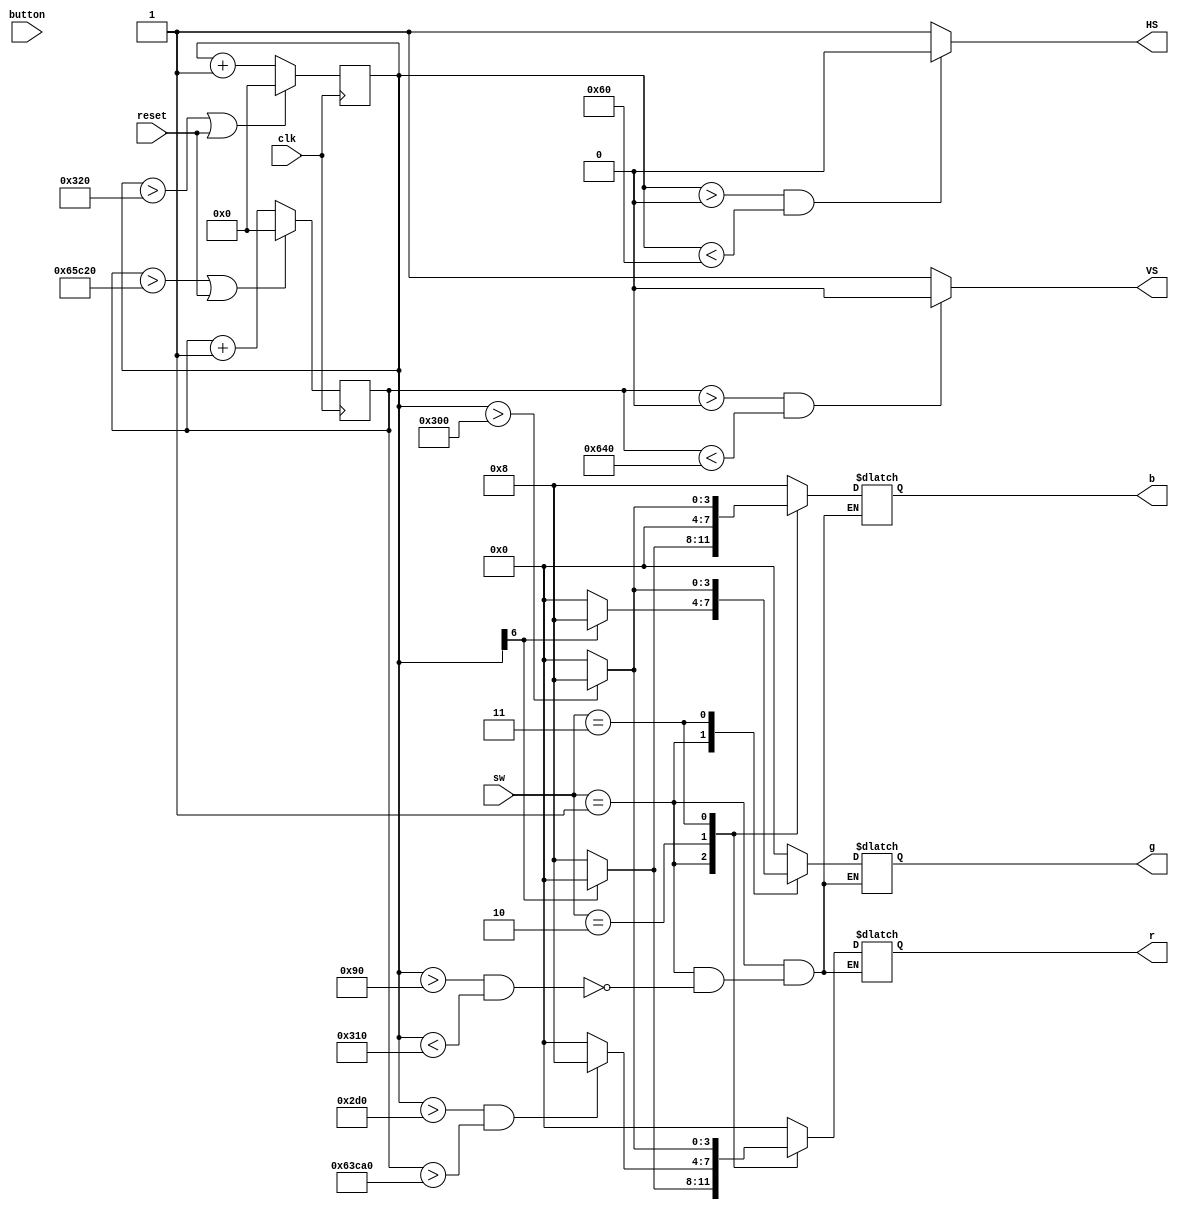
module vga_sel(
    input [1:0] sw,
    input clk,
    input button,
    input reset,
    output [3:0] r,
    output [3:0] g,
    output [3:0] b,
    output HS,
    output VS
    );
    
// Basic structure:

/* Outer counter: VSync
416_800 clk ticks per cylce
1_600 clk ticks for low pulse
23_200 clk ticks for back porch
8_000 clk ticks for front porch
384_000 clk ticks for display time
/*

/* Inner counter: HSync
800 clk ticks per cycle
96 clk ticks for low pulse
48 clk ticks for back porch
16 clk ticks for front porch
640 clk ticks for display time
*/
parameter VSYNC_PULSE = 416_800;
parameter VSYNC_DISP = 384_000;
parameter VSYNC_BP = 23_200;
parameter VSYNC_FP = 8_000;
parameter VSYNC_PULSE_WIDTH = 1_600;
parameter VSYNC_DISP_START = VSYNC_PULSE_WIDTH + VSYNC_BP;
parameter VSYNC_DISP_END = VSYNC_DISP_START + VSYNC_DISP;

parameter HSYNC_PULSE = 800;
parameter HSYNC_DISP = 640;
parameter HSYNC_BP = 48;
parameter HSYNC_FP = 16;
parameter HSYNC_PULSE_WIDTH = 96;
parameter HSYNC_DISP_START = HSYNC_PULSE_WIDTH + HSYNC_BP;
parameter HSYNC_DISP_END = HSYNC_DISP_START + HSYNC_DISP;

reg [15:0] VS_ctr = 0;
reg [15:0] HS_ctr = 0;

reg [3:0] red_reg;
reg [3:0] green_reg;
reg [3:0] blue_reg;

assign r = red_reg;
assign g = green_reg;
assign b = blue_reg;

// Configure sync pulse
assign VS = (VS_ctr > 0 && VS_ctr < VSYNC_PULSE_WIDTH) ? 0 : 1;
assign HS = (HS_ctr > 0 && HS_ctr < HSYNC_PULSE_WIDTH) ? 0 : 1;

always @ (posedge clk) begin

    // Update counters
    if (VS_ctr > VSYNC_PULSE || reset) begin
        VS_ctr <= 0;
    end else begin
        VS_ctr <= VS_ctr + 1;
    end

    if (HS_ctr > HSYNC_PULSE || reset) begin
        HS_ctr <= 0;
    end else begin
        HS_ctr <= HS_ctr + 1;
    end
end

// Assign colors for current gun loc
always @ (sw) begin
    case (sw)

        2'b00: begin    // Blue screen
            red_reg = 4'b0000;
            blue_reg = 4'b1000;
            green_reg = 4'b0000;
        end
    
        2'b01: begin    // Green purp alt
            if (HS_ctr > HSYNC_DISP_START && HS_ctr < HSYNC_DISP_END) begin
                if (HS_ctr[6]) begin
                    red_reg = 4'b0000;
                    blue_reg = 4'b0000;
                    green_reg = 4'b1000;
                end else begin
                    red_reg = 4'b1000;
                    blue_reg = 4'b1000;
                    green_reg = 4'b0000; 
                end
            end
        end
    
        2'b10: begin    // Red box
            if (HS_ctr > HSYNC_DISP_END - 64 && VS_ctr > VSYNC_DISP_END - 64) begin
                red_reg = 4'b1000;
                blue_reg = 4'b0000;
                green_reg = 4'b0000; 
            end else begin
                red_reg = 4'b0000;
                blue_reg = 4'b0000;
                green_reg = 4'b0000;   
            end
        end
    
        2'b11: begin    // White line
            if (HS_ctr > HSYNC_DISP_END - 16) begin
                red_reg = 4'b1000;
                blue_reg = 4'b1000;
                green_reg = 4'b1000;
            end else begin
                red_reg = 4'b0000;
                blue_reg = 4'b0000;
                green_reg = 4'b0000;
            end
        end
    endcase
end
/* Display options
    - Blue display
        - Set color to blue

    - Horizontal bars of green & purple
        - Every 32 clock cycles (in HSync disp range) alternate colors

    - Red block bottom right
        - For second half of VSync disp & second half of HSync disp, red
        - Black otherwise

    - White strip left side
        - For last 16 cylces in HSync disp, set white
*/
endmodule